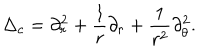
LaTeX: \Delta _ { c } = \partial _ { r } ^ { 2 } + \frac 1 r \partial _ { r } + \frac 1 { r ^ { 2 } } \partial _ { \theta } ^ { 2 } .